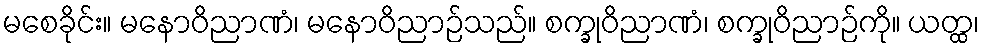
မစေခိုင်း။ မနောဝိညာဏံ၊ မနောဝိညာဉ်သည်။ စက္ခုဝိညာဏံ၊ စက္ခုဝိညာဉ်ကို။ ယတ္ထ၊